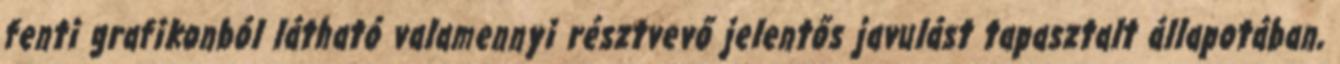
fenti grafikonból látható valamennyi résztvevő jelentős javulást tapasztalt állapotában,